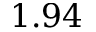
1 . 9 4